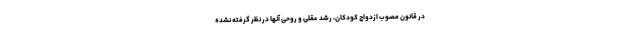
در قانون مصوب ازدواج کودکان، رشد عقلی و روحی آنها در نظر گرفته نشده